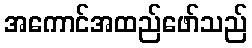
အကောင်အထည်ဖော်သည်